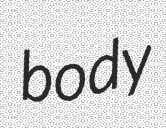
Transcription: body